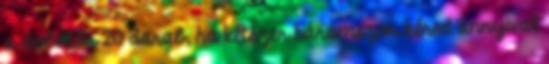
a dobótőr 20 darab, ha kétszer háromszor kéred annyival